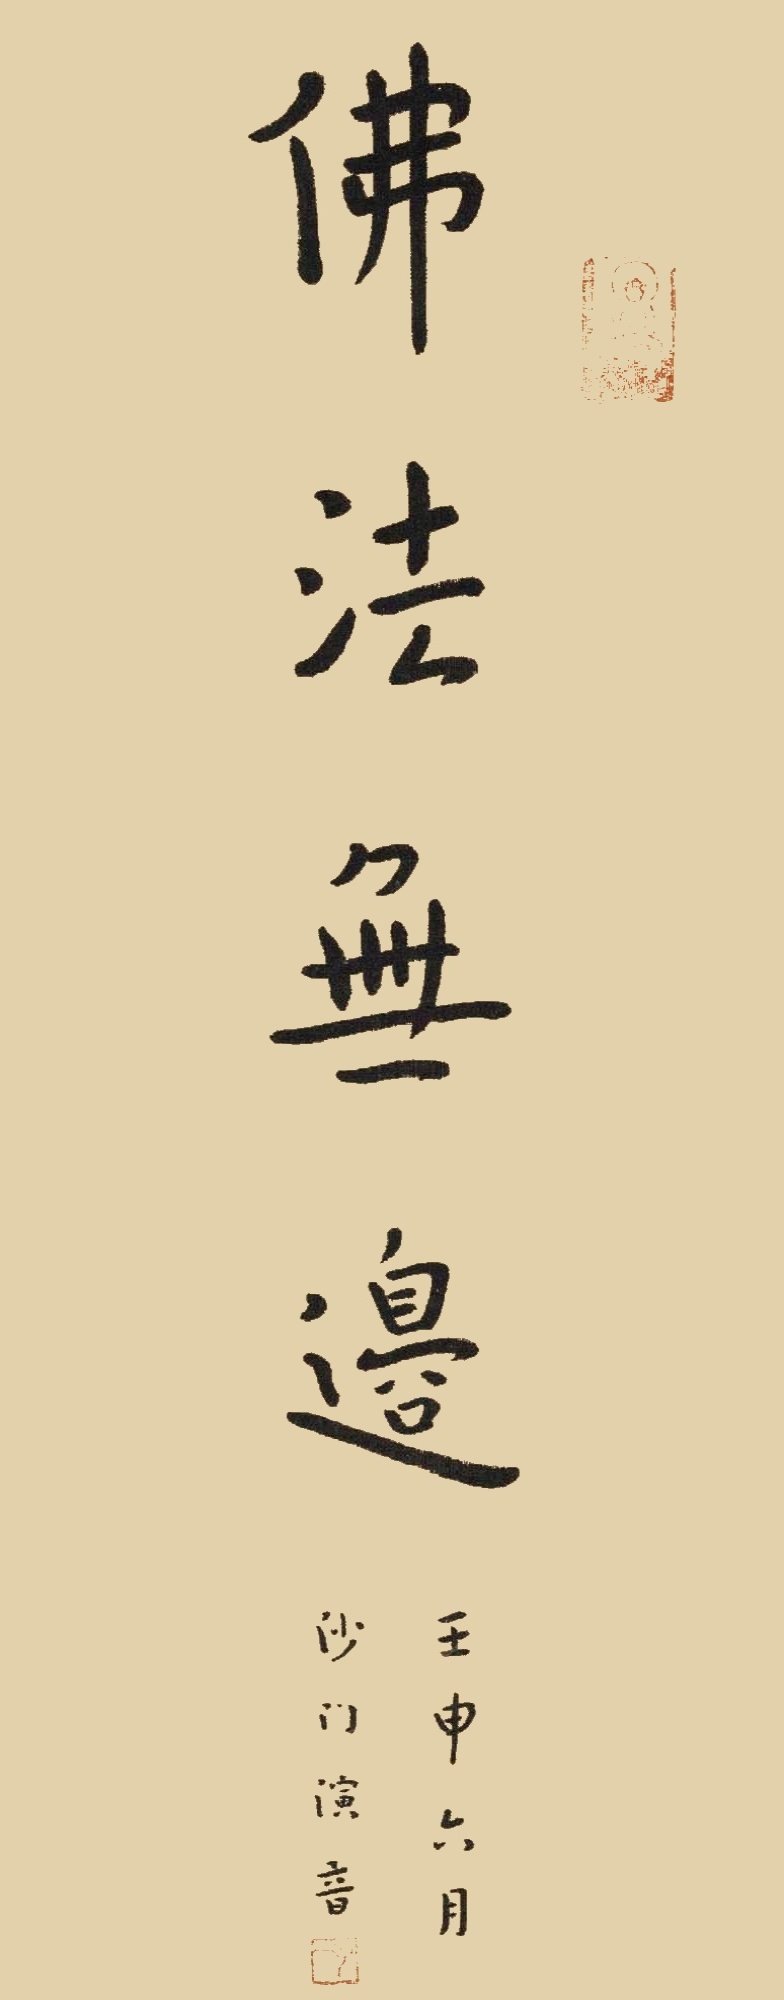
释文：佛法无边壬申六月，沙门演音。